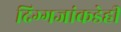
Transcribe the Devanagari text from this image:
दिग्गजांकडेही